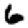
Digit: 6